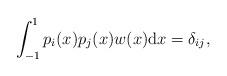
LaTeX: \begin{gather*}\int_{-1}^1 p_i(x)p_j(x)w(x){\rm d}x = \delta_{ij},\end{gather*}